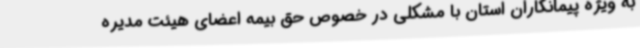
به ویژه پیمانکاران استان با مشکلی در خصوص حق بیمه اعضای هیئت مدیره